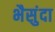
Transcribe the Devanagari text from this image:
भैसुंदा